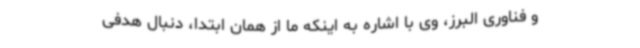
و فناوری البرز، وی با اشاره به اینکه ما از همان ابتدا، دنبال هدفی